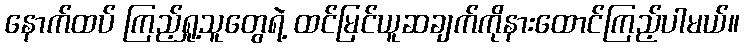
နောက်ထပ် ကြည့်ရှု့သူတွေရဲ့ ထင်မြင်ယူဆချက်ကိုနားထောင်ကြည့်ပါမယ်။